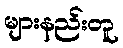
များနည်းတူ